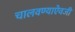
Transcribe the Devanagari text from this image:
चालवण्याऐवजी